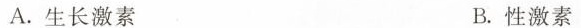
A.生长激素 B.性激素